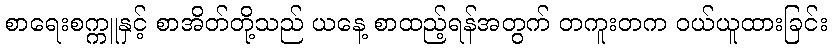
စာရေးစက္ကူနှင့် စာအိတ်တို့သည် ယနေ့ စာထည့်ရန်အတွက် တကူးတက ဝယ်ယူထားခြင်း